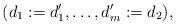
LaTeX: \begin{align*} (d_1:=d_1', \ldots, d_m':=d_2), \end{align*}